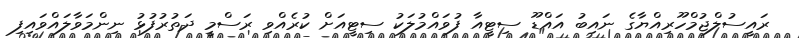
ރައީސުލްޖުމްހޫރިއްޔާގެ ނައިބު އައްޑޫ ސިޓީއާ ފުވައްމުލަކު ސިޓީއަށް ކުރެއްވި ރަސްމީ ދަތުރުފުޅު ނިންމަވާލައްވައިފި